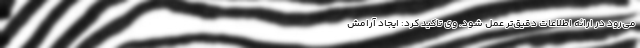
می‌رود در ارائه اطلاعات دقیق‌تر عمل شود. وی تاکید کرد: ایجاد آرامش